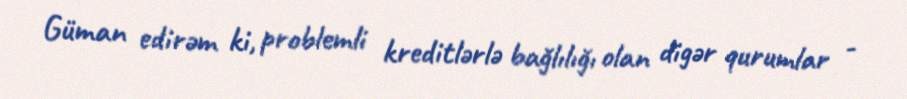
Güman edirəm ki, problemli kreditlərlə bağlılığı olan digər qurumlar -